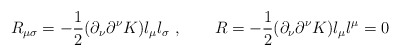
\begin{align*}R_{\mu \sigma} = - {1\over 2} ( \partial_{\nu}\partial^{\nu} K ) l_{\mu}l_{\sigma}\ , \qquad R= - {1\over 2} ( \partial_{\nu}\partial^{\nu} K ) l_{\mu}l^{\mu}=0\end{align*}